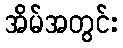
အိမ်အတွင်း